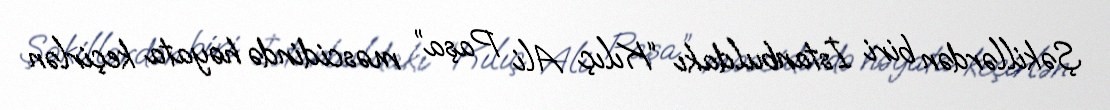
Şəkillərdən biri İstanbuldakı “Kılıç Ali Paşa” məscidində həyata keçirlən